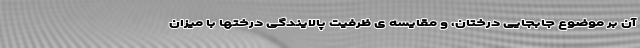
آن بر موضوع جابجایی درختان، و مقایسه ی ظرفیت پالایندگی درختها با میزان